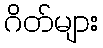
ဂိတ်များ